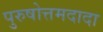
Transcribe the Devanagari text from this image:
पुरुषोत्तमदादा